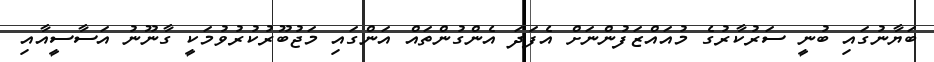
ބަޔާނުގައި ބުނީ ސަރުކާރުގެ މުއައްޒަފުންނަށް އެފަދަ އެންގުންތައް އަންގައި މަޖުބޫރުކުރުވުމަކީ ގާނޫނު އަސާސީއާއި